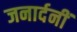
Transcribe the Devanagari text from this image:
जनार्दनीं